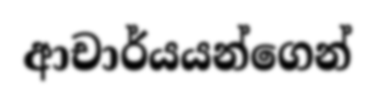
ආචාර්යයන්ගෙන්